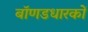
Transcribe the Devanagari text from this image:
बॉणडधारकों